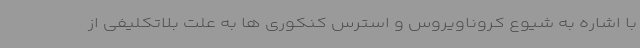
با اشاره به شیوع کروناویروس و استرس کنکوری ها به علت بلاتکلیفی از